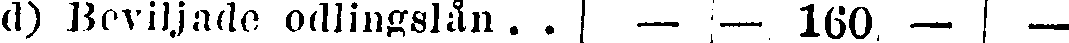
d) Beviljade odlingalån . . — — 160. — —